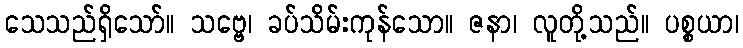
သေသည်ရှိသော်။ သဗ္ဗေ၊ ခပ်သိမ်းကုန်သော။ ဇနာ၊ လူတို့သည်။ ပစ္စယာ၊